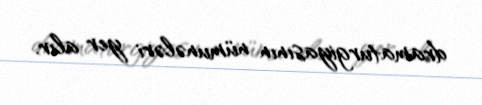
dramaturgiyasının nümunələri yer alır.